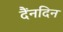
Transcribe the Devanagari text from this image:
दैंनदिन